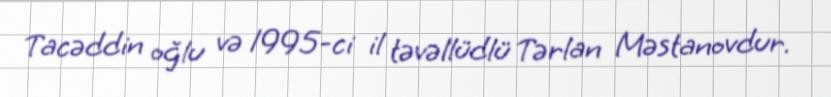
Tacəddin oğlu və 1995-ci il təvəllüdlü Tərlan Məstanovdur.